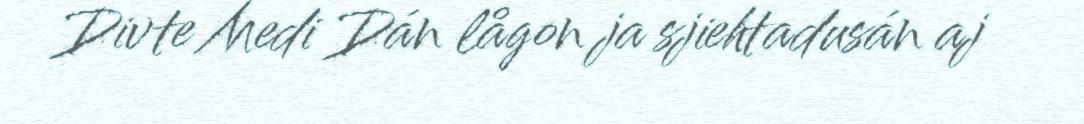
Divte Medi Dán lågon ja sjiehtadusán aj